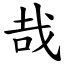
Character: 哉